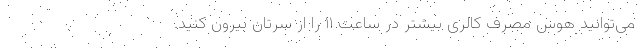
می‌توانید هوس مصرف کالری بیشتر در ساعت ۱۱ را از سرتان بیرون کنید.